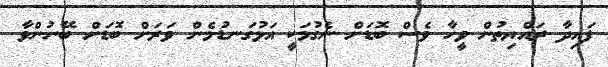
ފައިދާ ރައްޔިތުން ވީހާ ވެސް ބޮޑަށް ނެގުމަކީ އަޅުގަނޑުމެން ވަރަށް ބޮޑަށް ބޭނުންވާ